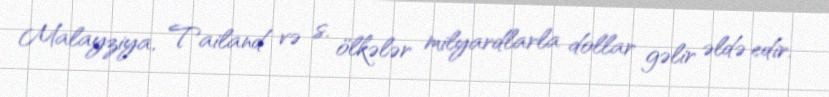
Malayziya, Tailand və s. ölkələr milyardlarla dollar gəlir əldə edir.